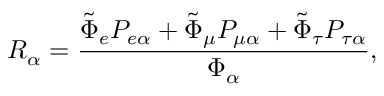
R _ { \alpha } = \frac { \tilde { \Phi } _ { e } P _ { e \alpha } + \tilde { \Phi } _ { \mu } P _ { \mu \alpha } + \tilde { \Phi } _ { \tau } P _ { \tau \alpha } } { \Phi _ { \alpha } } ,